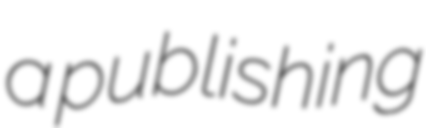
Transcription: a publishing